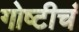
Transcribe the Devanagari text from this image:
गोष्टीचं